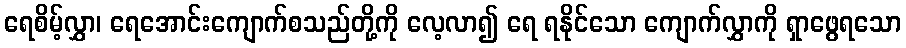
ရေစိမ့်လွှာ၊ ရေအောင်းကျောက်စသည်တို့ကို လေ့လာ၍ ရေ ရနိုင်သော ကျောက်လွှာကို ရှာဖွေရသော